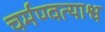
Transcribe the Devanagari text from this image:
चर्मण्वत्याश्व